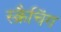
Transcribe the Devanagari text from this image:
स्क्रैचिंग